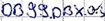
Text: DB99.DBX.0.3